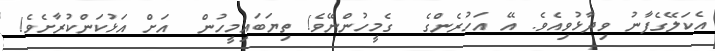
އެކަލޭގެފާނު ވިދާޅުވިއެވެ. އޭ އަހުރެންގެ  ގެމީހުންނޭވެ! ތިޔަބައިމީހުން  އަށް އަޅުކަންކުރާށެވެ!